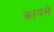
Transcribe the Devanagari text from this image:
कायसे